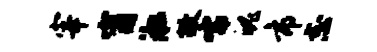
宰甯淞故嚅魄市志